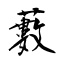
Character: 藪